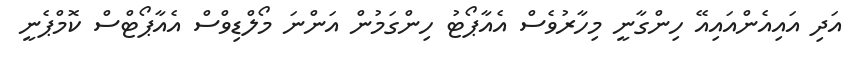
އަދި އައިއެންއައިއޭ ހިންގާނީ މިހާރުވެސް އެއާޕޯޓު ހިންގަމުން އަންނަ މޯލްޑިވްސް އެއާޕޯޓްސް ކޮމްޕެނީ